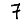
Digit: 7